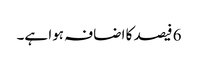
6 فیصد کا اضافہ ہوا ہے۔